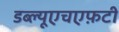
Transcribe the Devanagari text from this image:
डब्ल्यूएचएफ़टी